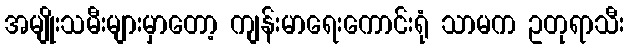
အမျိုးသမီးများမှာတော့ ကျန်းမာရေးကောင်းရုံ သာမက ဥတုရာသီး